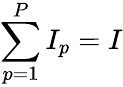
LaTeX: \sum_{p=1}^{P}I_{p}=I